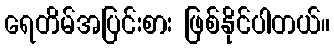
ရေတိမ်အပြင်းစား ဖြစ်နိုင်ပါတယ်။